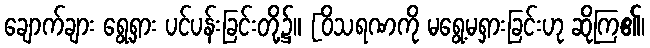
ချောက်ချား ရွေ့ရှား ပင်ပန်းခြင်းတို့၌။ [ဝိသရဏကို မရွေ့မရှားခြင်းဟု ဆိုကြ၏၊